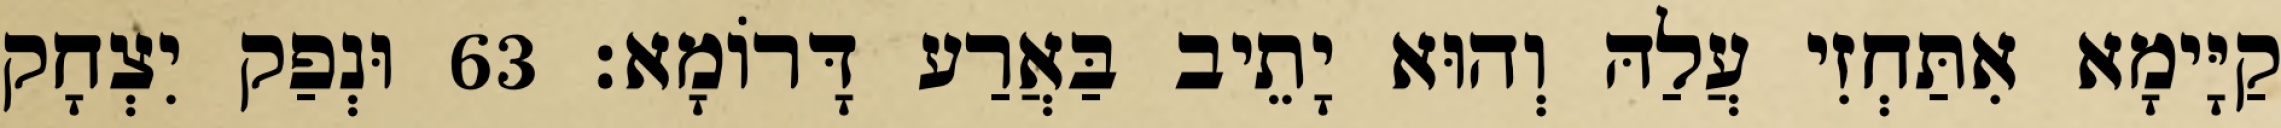
קַיָּימָא אִתַּחְזִי עֲלַהּ וְהוּא יָתֵיב בַּאֲרַע דָּרוֹמָא׃ 63 וּנְפַק יִצְחָק